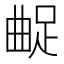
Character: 𨀲